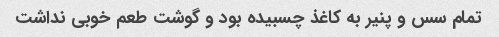
تمام سس و پنیر به کاغذ چسبیده بود و گوشت طعم خوبی نداشت